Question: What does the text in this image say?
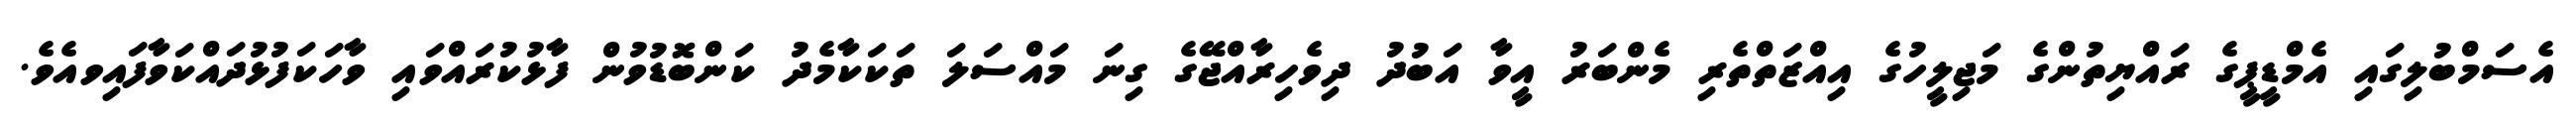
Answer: އެސަމްބުލިގައި އެމްޑީޕީގެ ރައްޔިތުންގެ މަޖިލީހުގެ އިއްޒަތްތެރި މެންބަރު އީވާ އަބުދު ދިވެހިރާއްޖޭގެ ގިނަ މައްސަލަ ތަކަކާމެދު ކަންބޮޑުވުން ފާޅުކުރައްވައި ވާހަކަފުޅުދައްކަވާފައިވއެވެ.